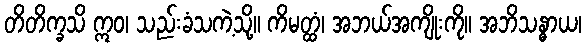
တိတိက္ခသိ ဣဝ၊ သည်းခံသကဲ့သို့။ ကိမတ္ထံ၊ အဘယ်အကျိုးကို။ အဘိသန္ဓာယ၊